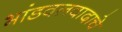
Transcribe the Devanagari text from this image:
भांडवलवादाचे